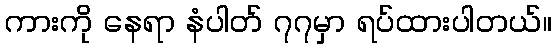
ကားကို နေရာ နံပါတ် ၇၇မှာ ရပ်ထားပါတယ်။